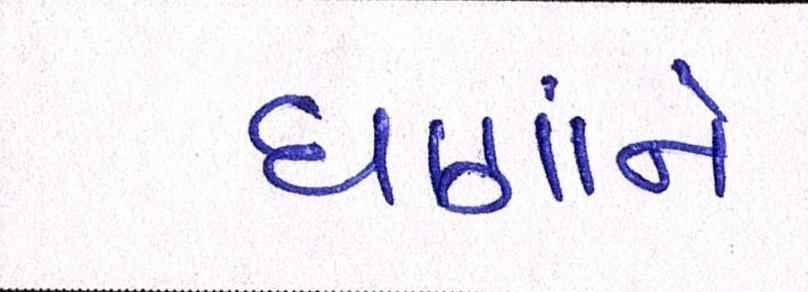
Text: ઘણાંને